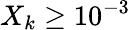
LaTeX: X_{k}\geq 10^{-3}